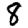
Digit: 8